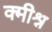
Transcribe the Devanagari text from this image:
क्मीश्न